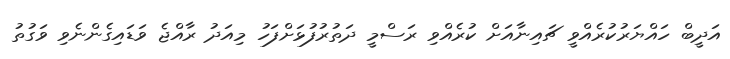
އަދީބް ހައްޔަރުކުރެއްވީ ޗައިނާއަށް ކުރެއްވި ރަސްމީ ދަތުރުފުޅަށްފަހު މިއަދު ރާއްޖެ ވަޑައިގެންނެވި ވަގުތު